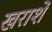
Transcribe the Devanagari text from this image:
खराशें